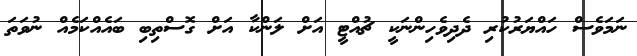
ނަމަވެސް ހައްޔަރުކުރި ދެދިވެހިންނަކީ ޗުއްޓީ އަށް ލަންކާ އަށް ގޮސްތިބި ބައެއްކަމެއް ނުވަތަ